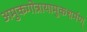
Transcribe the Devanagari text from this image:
अमुकगोत्रायामुकशर्मण्